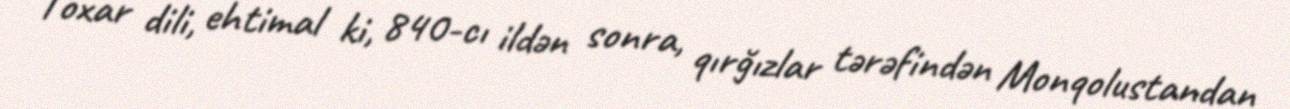
Toxar dili, ehtimal ki, 840-cı ildən sonra, qırğızlar tərəfindən Monqolustandan